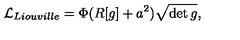
{ \cal L } _ { L i o u v i l l e } = \Phi ( R [ g ] + a ^ { 2 } ) \sqrt { \det g } ,